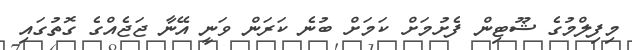
މިފިލްމުގެ ޝޫޓިން ފެށުމަށް ކަމަށް ބުނެ ކަރަން ވަނީ އޭނާ ޖަޖެއްގެ ގޮތުގައި